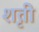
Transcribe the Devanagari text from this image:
शृती